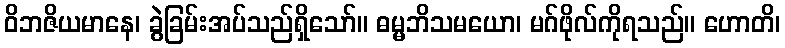
ဝိဘဇိယမာနေ၊ ခွဲခြမ်းအပ်သည်ရှိသော်။ ဓမ္မဘိသမယော၊ မဂ်ဖိုလ်ကိုရသည်။ ဟောတိ၊